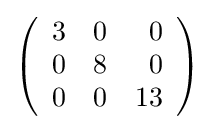
{\textstyle \left({\begin{array}{rrr}3&0&0\\0&8&0\\0&0&13\\\end{array}}\right)}